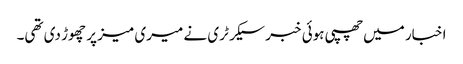
اخبار میں‌چھپی ہوئی خبر سیکرٹری نے میری میز پر چھوڑ دی تھی۔